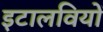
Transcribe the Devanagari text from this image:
इटालवियों